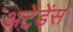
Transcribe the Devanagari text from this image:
अटेंडेंस